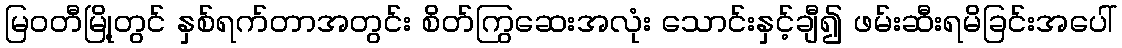
မြဝတီမြို့တွင် နှစ်ရက်တာအတွင်း စိတ်ကြွဆေးအလုံး သောင်းနှင့်ချီ၍ ဖမ်းဆီးရမိခြင်းအပေါ်